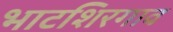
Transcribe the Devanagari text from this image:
भाटशिरगाव